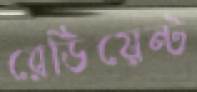
রেডিয়েন্ট